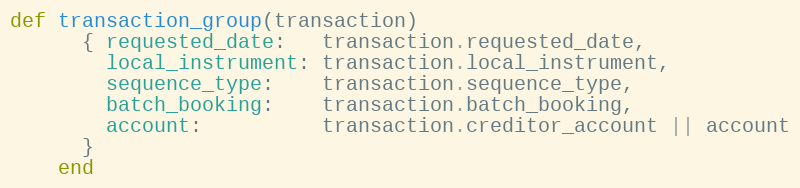
Language: Ruby
def transaction_group(transaction)
      { requested_date:   transaction.requested_date,
        local_instrument: transaction.local_instrument,
        sequence_type:    transaction.sequence_type,
        batch_booking:    transaction.batch_booking,
        account:          transaction.creditor_account || account
      }
    end